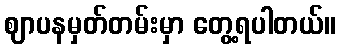
ဈာပနမှတ်တမ်းမှာ တွေ့ရပါတယ်။